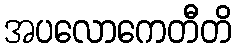
အပလောကေတီတိ